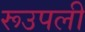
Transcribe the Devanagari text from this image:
रूउपली